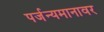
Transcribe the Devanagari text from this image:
पर्जन्यमानावर